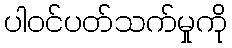
ပါဝင်ပတ်သက်မှုကို